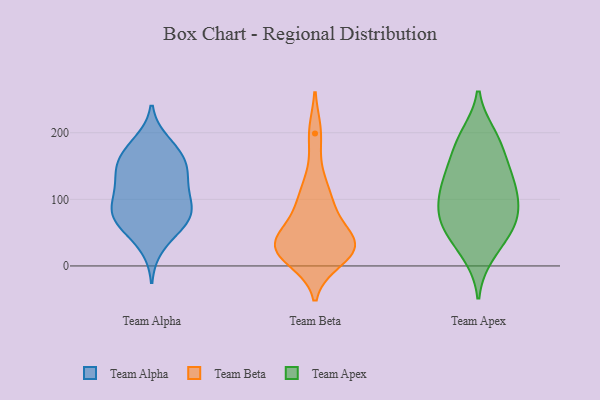
{"axis": {"x": "Waste Production (Tons)", "y": "Value"}, "legend": ["Team Alpha", "Team Apex", "Team Beta"], "data": [{"x": "", "y": 65, "type": "Team Alpha"}, {"x": "", "y": 29, "type": "Team Alpha"}, {"x": "", "y": 68, "type": "Team Alpha"}, {"x": "", "y": 158, "type": "Team Alpha"}, {"x": "", "y": 61, "type": "Team Alpha"}, {"x": "", "y": 95, "type": "Team Alpha"}, {"x": "", "y": 161, "type": "Team Alpha"}, {"x": "", "y": 102, "type": "Team Alpha"}, {"x": "", "y": 111, "type": "Team Alpha"}, {"x": "", "y": 180, "type": "Team Alpha"}, {"x": "", "y": 78, "type": "Team Alpha"}, {"x": "", "y": 88, "type": "Team Alpha"}, {"x": "", "y": 186, "type": "Team Alpha"}, {"x": "", "y": 133, "type": "Team Alpha"}, {"x": "", "y": 129, "type": "Team Alpha"}, {"x": "", "y": 68, "type": "Team Alpha"}, {"x": "", "y": 155, "type": "Team Alpha"}, {"x": "", "y": 143, "type": "Team Alpha"}, {"x": "", "y": 86, "type": "Team Beta"}, {"x": "", "y": 35, "type": "Team Beta"}, {"x": "", "y": 36, "type": "Team Beta"}, {"x": "", "y": 92, "type": "Team Beta"}, {"x": "", "y": 30, "type": "Team Beta"}, {"x": "", "y": 26, "type": "Team Beta"}, {"x": "", "y": 125, "type": "Team Beta"}, {"x": "", "y": 10, "type": "Team Beta"}, {"x": "", "y": 199, "type": "Team Beta"}, {"x": "", "y": 35, "type": "Team Beta"}, {"x": "", "y": 25, "type": "Team Beta"}, {"x": "", "y": 156, "type": "Team Apex"}, {"x": "", "y": 64, "type": "Team Apex"}, {"x": "", "y": 75, "type": "Team Apex"}, {"x": "", "y": 104, "type": "Team Apex"}, {"x": "", "y": 64, "type": "Team Apex"}, {"x": "", "y": 147, "type": "Team Apex"}, {"x": "", "y": 24, "type": "Team Apex"}, {"x": "", "y": 151, "type": "Team Apex"}, {"x": "", "y": 123, "type": "Team Apex"}, {"x": "", "y": 16, "type": "Team Apex"}, {"x": "", "y": 114, "type": "Team Apex"}, {"x": "", "y": 188, "type": "Team Apex"}, {"x": "", "y": 78, "type": "Team Apex"}, {"x": "", "y": 197, "type": "Team Apex"}, {"x": "", "y": 104, "type": "Team Apex"}, {"x": "", "y": 194, "type": "Team Apex"}, {"x": "", "y": 58, "type": "Team Apex"}, {"x": "", "y": 115, "type": "Team Apex"}, {"x": "", "y": 53, "type": "Team Apex"}]}